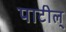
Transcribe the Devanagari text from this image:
पाटील्